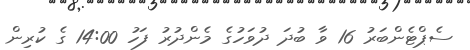
ސެޕްޓެންބަރު 16 ވާ ބުދަ ދުވަހުގެ މެންދުރު ފަހު 14:00 ގެ ކުރިން